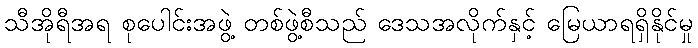
သီအိုရီအရ စုပေါင်းအဖွဲ့ တစ်ဖွဲ့စီသည် ဒေသအလိုက်နှင့် မြေယာရရှိနိုင်မှု